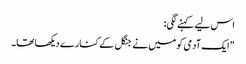
اس لیے کہنے لگی:
"ایک آدمی کو میں نے جنگل کے کنارے دیکھا تھا۔